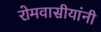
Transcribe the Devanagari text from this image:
रोमवासीयांनी